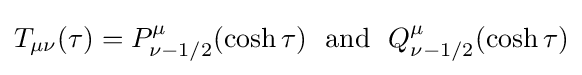
T_{\mu \nu }(\tau )=P_{\nu -1/2}^{\mu }(\cosh \tau )\,\,\,\,\mathrm {and} \,\,\,\,Q_{\nu -1/2}^{\mu }(\cosh \tau )